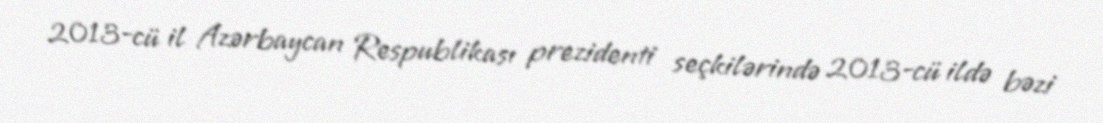
2013-cü il Azərbaycan Respublikası prezidenti seçkilərində 2013-cü ildə bəzi